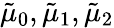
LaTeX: \tilde{\mu}_{0},\tilde{\mu}_{1},\tilde{\mu}_{2}